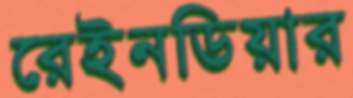
রেইনডিয়ার